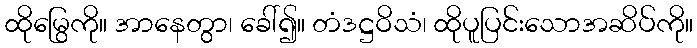
ထိုမြွေကို။ အာနေတွာ၊ ခေါ်၍။ တံဒဋ္ဌဝိသံ၊ ထိုပူပြင်းသောအဆိပ်ကို။